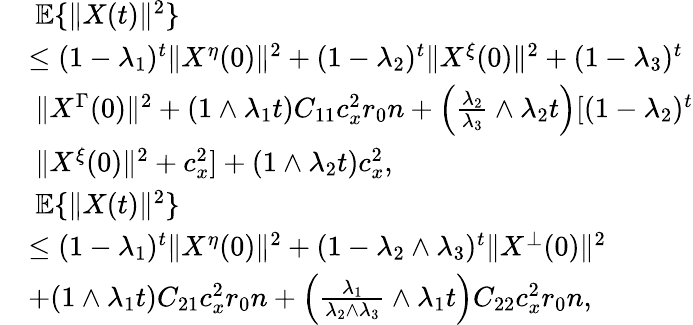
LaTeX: \begin{array}{rl}&{~\mathbb{E}\{ \| X(t)\| ^{2}\} }\\ &{\le(1-\lambda_{1})^{t}\| X^{\eta}(0)\| ^{2}+(1-\lambda_{2})^{t}\| X^{\xi}(0)\| ^{2}+(1-\lambda_{3})^{t}}\\ &{~\| X^{\Gamma}(0)\| ^{2}+(1\wedge\lambda_{1}t)C_{11}c_{x}^{2}r_{0}n+\Big(\frac{\lambda_{2}}{\lambda_{3}}\wedge\lambda_{2}t\Big)[(1-\lambda_{2})^{t}}\\ &{~\| X^{\xi}(0)\| ^{2}+c_{x}^{2}]+(1\wedge\lambda_{2}t)c_{x}^{2},}\\ &{~\mathbb{E}\{ \| X(t)\| ^{2}\} }\\ &{\le(1-\lambda_{1})^{t}\| X^{\eta}(0)\| ^{2}+(1-\lambda_{2}\wedge\lambda_{3})^{t}\| X^{\bot}(0)\| ^{2}}\\ &{+(1\wedge\lambda_{1}t)C_{21}c_{x}^{2}r_{0}n+\Big(\frac{\lambda_{1}}{\lambda_{2}\wedge\lambda_{3}}\wedge\lambda_{1}t\Big)C_{22}c_{x}^{2}r_{0}n,}\end{array}